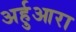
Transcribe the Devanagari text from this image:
अर्हुआरा